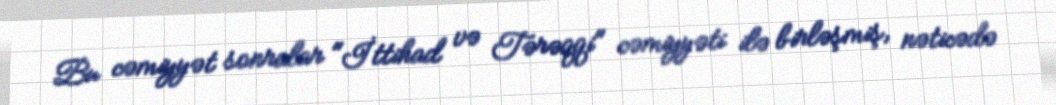
Bu cəmiyyət sonralar "İttihad və Tərəqqi" cəmiyyəti ilə birləşmiş, nəticədə